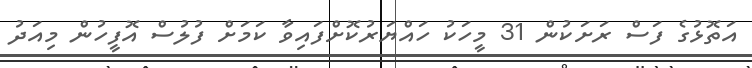
އަތޮޅުގެ ފަސް ރަށަކުން 31 މީހަކު ހައްޔަރުކޮށްފައިވާ ކަމަށް ފުލުސް އޮފީހުން މިއަދު